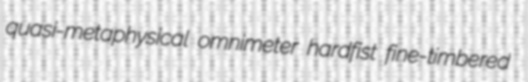
quasi-metaphysical omnimeter hardfist fine-timbered